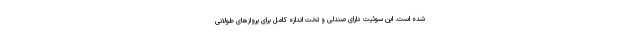
شده است. این سوئیت دارای صندلی و تخت اندازه کامل برای پروازهای طولانی